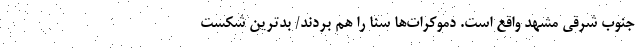
جنوب شرقی مشهد واقع است. دموکرات‌ها سنا را هم بردند/ بدترین شکست